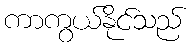
ကာကွယ်နိုင်သည်